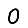
Digit: 0